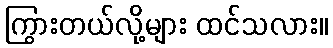
ကြွားတယ်လို့များ ထင်သလား။